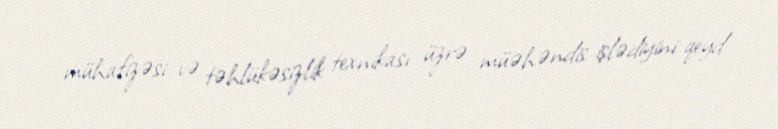
mühafizəsi və təhlükəsizlik texnikası üzrə müəhəndis işlədiyini qeyd